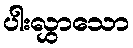
ပါးလွှာသော